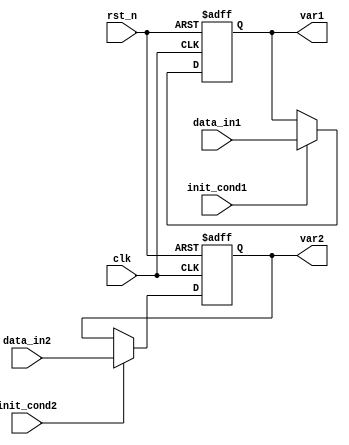
module ConditionalInitialization (
    input wire clk,                    // Clock signal
    input wire rst_n,                  // Active-low reset signal
    input wire init_cond1,             // Condition 1 for initialization
    input wire init_cond2,             // Condition 2 for initialization
    input wire [15:0] data_in1,        // Data input for variable 1
    input wire [15:0] data_in2,        // Data input for variable 2
    output reg [15:0] var1,            // Initialized variable 1
    output reg [15:0] var2             // Initialized variable 2
);

    // Default values to which variables will be initialized
    localparam [15:0] DEFAULT_VALUE1 = 16'h0000;
    localparam [15:0] DEFAULT_VALUE2 = 16'hFFFF;

    // Always block for synchronous initialization
    always @(posedge clk or negedge rst_n) begin
        if (!rst_n) begin
            // Asynchronous reset to default values
            var1 <= DEFAULT_VALUE1;
            var2 <= DEFAULT_VALUE2;
        end else begin
            // Conditional initialization logic
            if (init_cond1) begin
                var1 <= data_in1;  // Initialize var1 with data_in1
            end
            
            if (init_cond2) begin
                var2 <= data_in2;  // Initialize var2 with data_in2
            end
            // If conditions not met, retain the current values
        end
    end

endmodule